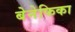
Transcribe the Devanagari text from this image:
बेनेफिका